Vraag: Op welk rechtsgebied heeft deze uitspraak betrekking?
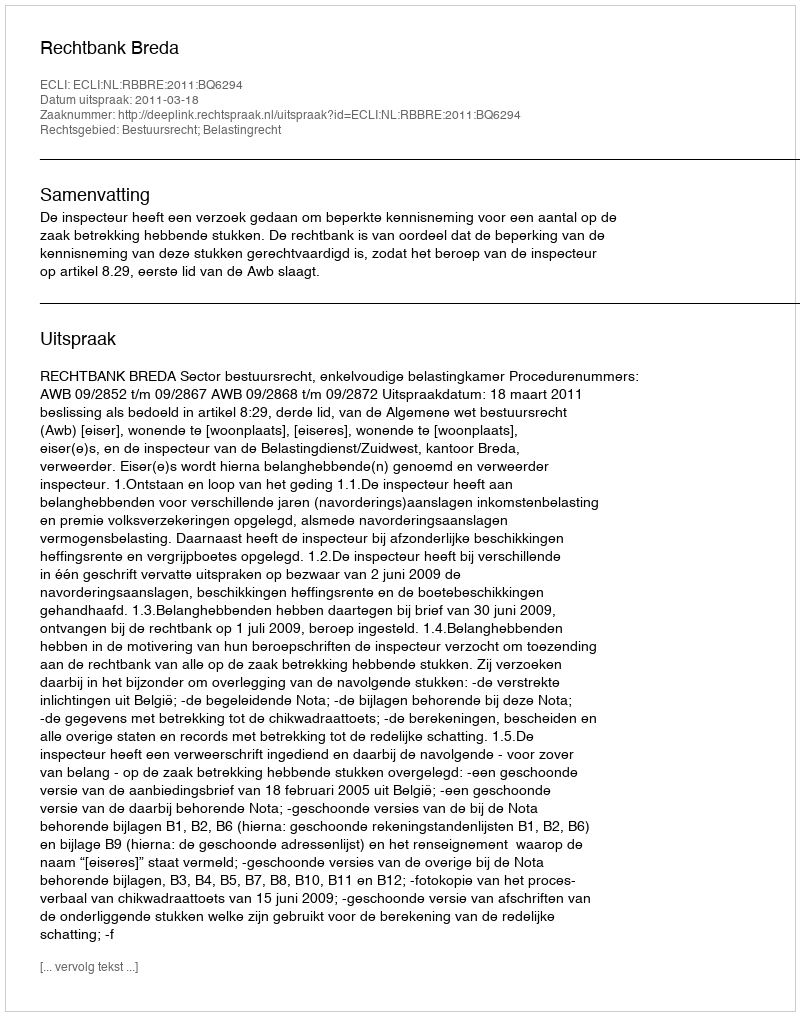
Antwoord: Bestuursrecht; Belastingrecht